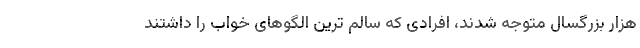
هزار بزرگسال متوجه شدند، افرادی که سالم ترین الگوهای خواب را داشتند